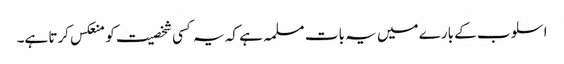
اسلوب کے بارے میں یہ بات مسلمہ ہے کہ یہ کسی شخصیت کو منعکس کرتا ہے۔